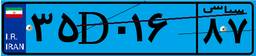
۸۲D۹۸۶۳۴